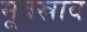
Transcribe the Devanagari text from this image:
मूत्रस्राव